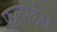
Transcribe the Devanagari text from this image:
फलाईस